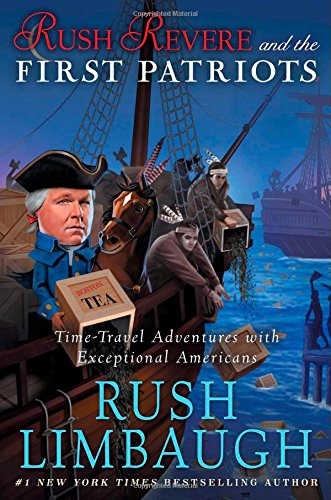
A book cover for Rush Revere and the First Patriots: Time-Travel Adventures With Exceptional Americans; Rush Limbaugh; Teen & Young Adult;